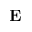
\textbf { E }